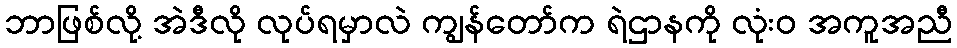
ဘာဖြစ်လို့ အဲဒီလို လုပ်ရမှာလဲ ကျွန်တော်က ရဲဌာနကို လုံးဝ အကူအညီ